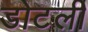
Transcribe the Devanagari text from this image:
डोटली